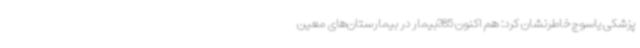
پزشکی یاسوج خاطرنشان کرد: هم اکنون 285بیمار در بیمارستان‌های معین